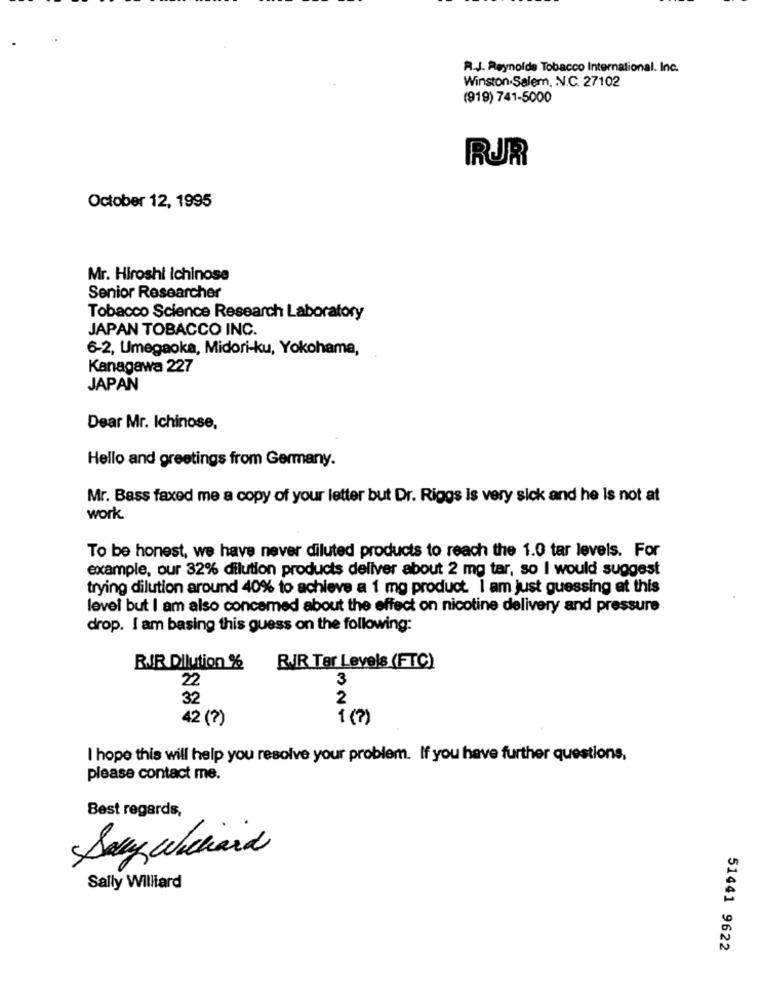
R.J. Reynolds Tobacco International. Inc.
Winston-Salem, N.C. 27102
(919) 741-5000
RUR
October 12, 1995
Mr. Hiroshi ichinose
Senior Researcher
Tobacco Science Research Laboratory
JAPAN TOBACCO INC.
6-2, Umegaoka, Midori-ku, Yokohama,
Kanagawa 227
JAPAN
Dear Mr. Ichinose,
Hello and greetings from Germany.
Mr. Bass faxed me a copy of your letter but Dr. Riggs Is very sick and he Is not at
work
To be honest, we have never diluted products to reach the 1.0 tar levels. For
example, our 32% dilution products deliver about 2 mg tar, so I would suggest
trying dilution around 40% to achieve a 1 mg product. I am just guessing at this
level but I am also concemed about the effect on nicotine delivery and pressure
drop. I am basing this guess on the following:
RIR Dilution %
RJJR Tar Levels (FTC)
22
3
32
2
42 (?)
1 (?)
I hope this will help you resolve your problem. If you have further questions.
please contact me.
Best regards,
Sony whchiara
Sally Williard
51441 9622